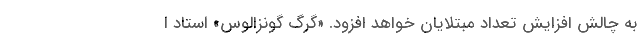
به چالش افزایش تعداد مبتلایان خواهد افزود. «گرگ گونزالوس» استاد ا